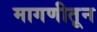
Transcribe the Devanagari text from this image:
मागणीतून